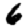
Digit: 6